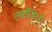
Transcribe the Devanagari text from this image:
लशीमध्ये